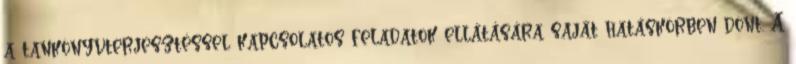
a tankönyvterjesztéssel kapcsolatos feladatok ellátására saját hatáskörben dönt. A